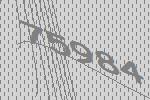
75984